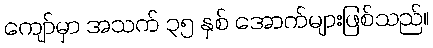
ကျော်မှာ အသက် ၃၅ နှစ် အောက်များဖြစ်သည်။